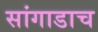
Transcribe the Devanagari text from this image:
सांगाडाच